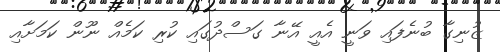
ޒުނިގާ ބުނެފައި ވަނީ އެއީ އޭނާ ގަސްދުގައި ކުރި ކަމެއް ނޫން ކަމަށާއި